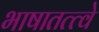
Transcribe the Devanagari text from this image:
भाषातत्त्वे